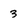
Character: 3